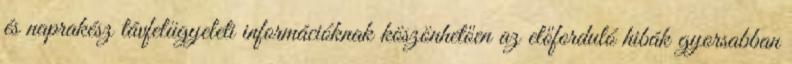
és naprakész távfelügyeleti információknak köszönhetően az előforduló hibák gyorsabban